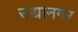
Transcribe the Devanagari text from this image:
उद्यानगर